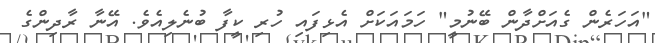
"އަހަރެން ގެއަށްދާން ބޭނުމީ" ހަމައަކަށް އެޅިފައި ހުރި ކީފާ ބުނެލިއެވެ. އޭނާ ރާދިންގެ